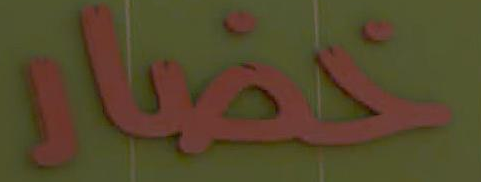
اخضار